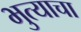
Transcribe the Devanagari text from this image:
भुत्याचा